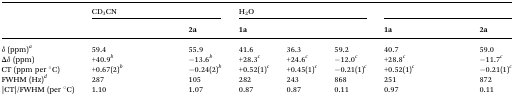
<table><thead><tr><td rowspan="2">[EMPTY_CELL]</td><td colspan="3"><b>CD<sub>3</sub>CN</b></td><td colspan="3"><b>H<sub>2</sub>O</b></td><td colspan="3">[EMPTY_CELL]</td></tr><tr><td colspan="2">[EMPTY_CELL]</td><td><b>2a</b></td><td colspan="2"><b>1a</b></td><td>[EMPTY_CELL]</td><td colspan="2"><b>1a</b></td><td><b>2a</b></td></tr></thead><tbody><tr><td><i>δ</i> (ppm)<sup><i>a</i></sup></td><td>59.4</td><td>[EMPTY_CELL]</td><td>55.9</td><td>41.6</td><td>36.3</td><td>59.2</td><td>40.7</td><td>[EMPTY_CELL]</td><td>59.0</td></tr><tr><td>Δ<i>δ</i> (ppm)</td><td>+40.9<sup><i>b</i></sup></td><td>[EMPTY_CELL]</td><td>–13.6<sup><i>b</i></sup></td><td>+28.3<sup><i>c</i></sup></td><td>+24.6<sup><i>c</i></sup></td><td>–12.0<sup><i>c</i></sup></td><td>+28.8<sup><i>c</i></sup></td><td>[EMPTY_CELL]</td><td>–11.7<sup><i>c</i></sup></td></tr><tr><td>CT (ppm per °C)</td><td>+0.67(2)<sup><i>b</i></sup></td><td>[EMPTY_CELL]</td><td>–0.24(2)<sup><i>b</i></sup></td><td>+0.52(1)<sup><i>c</i></sup></td><td>+0.45(1)<sup><i>c</i></sup></td><td>–0.21(1)<sup><i>c</i></sup></td><td>+0.52(1)<sup><i>c</i></sup></td><td>[EMPTY_CELL]</td><td>–0.21(1)<sup><i>c</i></sup></td></tr><tr><td>FWHM (Hz)<sup><i>d</i></sup></td><td>287</td><td>[EMPTY_CELL]</td><td>105</td><td>282</td><td>243</td><td>868</td><td>251</td><td>[EMPTY_CELL]</td><td>872</td></tr><tr><td>|CT|/FWHM (per °C)</td><td>1.10</td><td>[EMPTY_CELL]</td><td>1.07</td><td>0.87</td><td>0.87</td><td>0.11</td><td>0.97</td><td>[EMPTY_CELL]</td><td>0.11</td></tr></tbody></table>